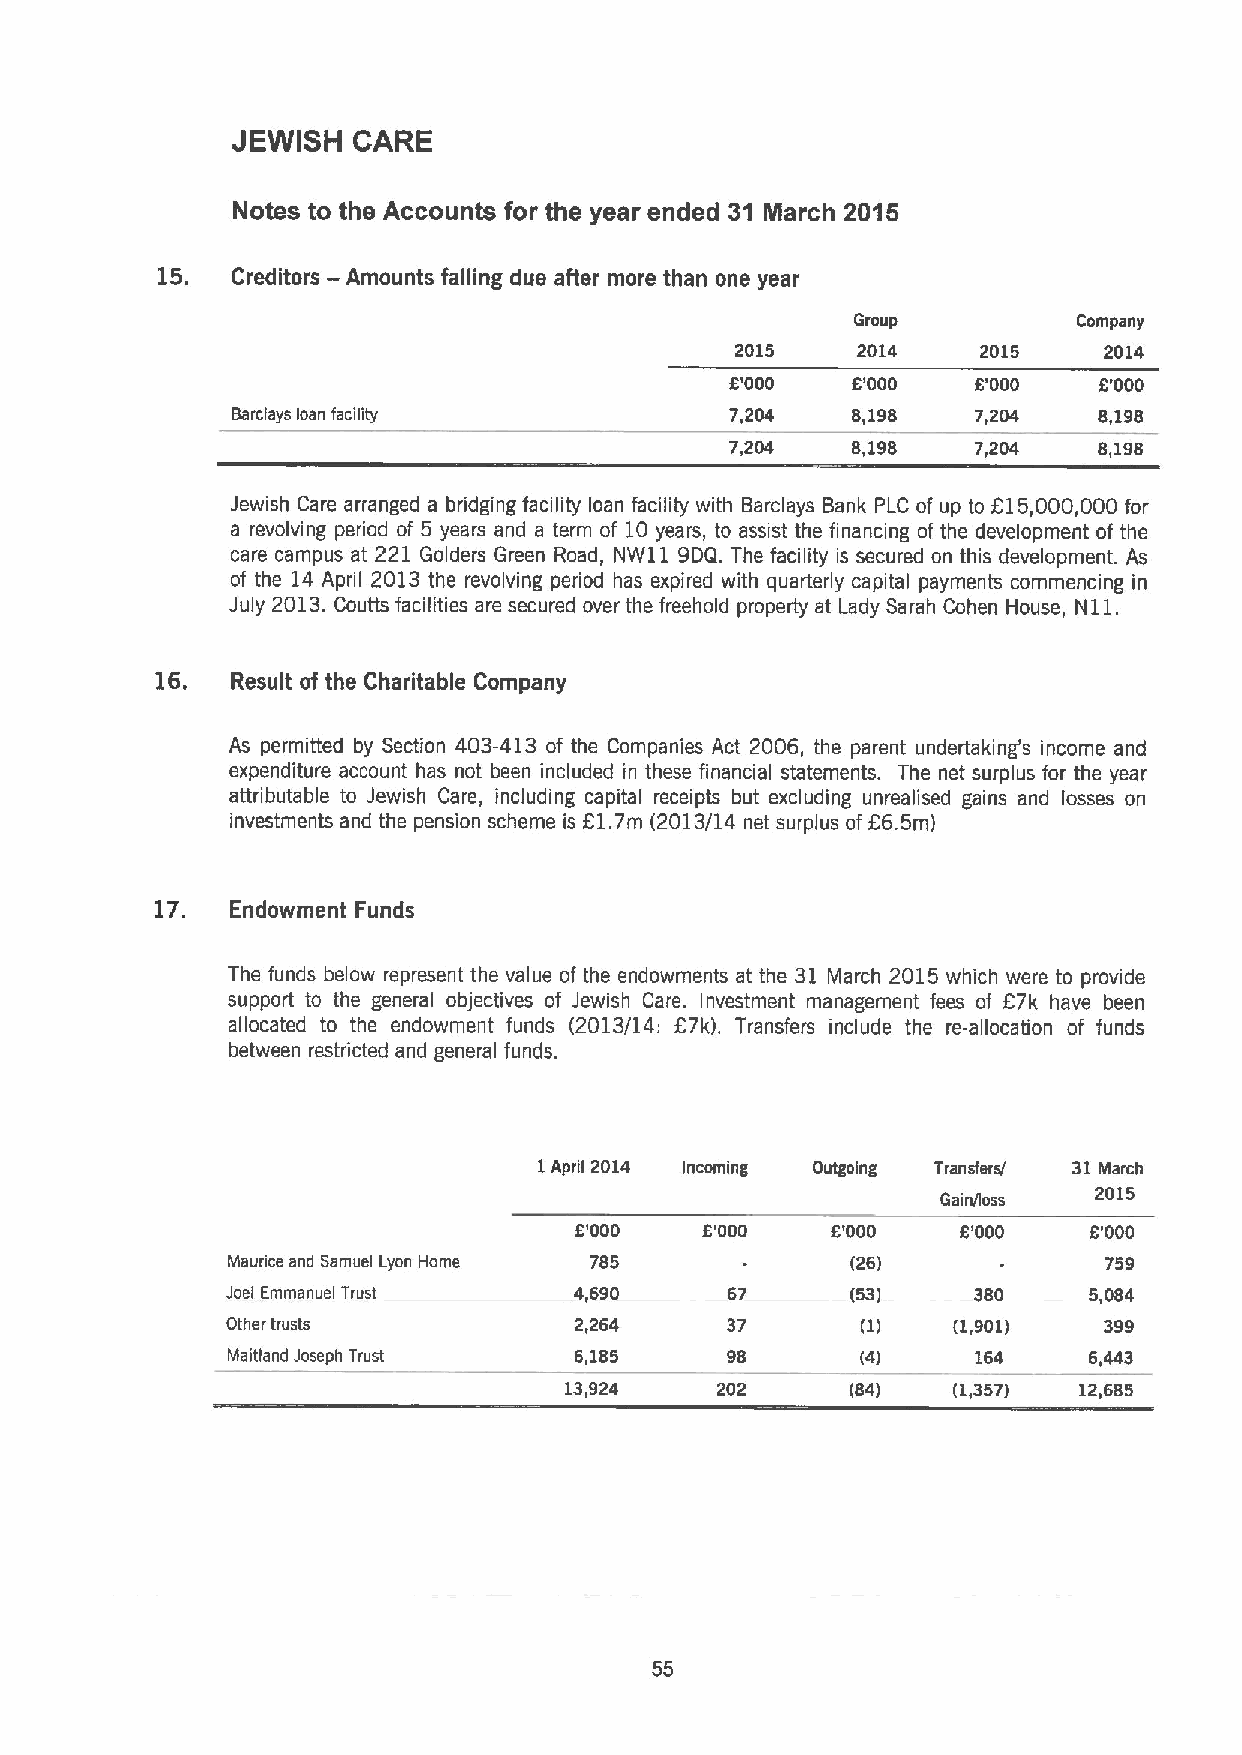
JEWISH  CARE
 Notes to the Accounts for the year ended 31 March 2015
 15.         —
 Creditors Amounts falling due after more than one year
 Group         Company
 2015    2014    2015    2014
 8'000   6'000    6'000   8'000
 Barclays loan facility           7,204   8,198    7,204   8,198
 7,204   8,198    7,204   8,198
 Jewish Care arranged a bridging facility loan facility with Barclays Bank PLC of up to 615,000,000 for
 a revolving period of 5 years and a term of 10years, to assist the financing of the development of the
 care campus at 221 Golders Green Road, NW11 9DQ. The facility is secured on this development. As
 of the 14April 2013 the revolving period has expired with quarterly capital payments commencing in
 July 2013.Coutts facilities are secured over the freehold property at Lady Sarah Cohen House, Nl 1.
 16.
 Result of the Charitable Company
 As permitted by Section 403-413 of the Companies Act 2006, the parent undertaking's income and
 expenditure account has not been included in these financial statements. The net surplus for the year
 attributable to Jewish Care, including capital receipts but excluding unrealised gains and losses on
 investments and the pension scheme is C1.7m (2013/14 net surplus of C6.5m)
 17.
 Endowment Funds
 The funds below represent the value of the endowments at the 31 March 2015 which were to provide
 support to the general objectives of Jewish Care. Investment management fees of 67k have been
 allocated to the endowment funds (2013/14: 67k). Transfers include the re-allocation of funds
 between restricted and general funds.
 1April 2014 Incoming Outgoing Transfers/ 31March
 2015
 Gain/loss
 6'000   6'000    6'000    6'000   8'000
 Maurice and Samuel Lyon Home 785         (26)             759
 Joel Emmaouel Trust    4,690     67      (53)     380    5,084
 Other trusts           2,264     37       (1)   (1,901)   399
 Maitlaod Joseph Trust  6,185     98       (4)     164    6,443
 13,924    202      (84)   (1,357) 12,685
 55